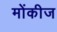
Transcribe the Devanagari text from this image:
मोंकीज